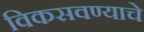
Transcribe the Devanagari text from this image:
विकसवण्याचे